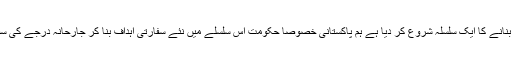
یوں بھی جب کشمیریوں کی بیش بہا قربانیوں نے حالات سازگار بنانے کا ایک سلسلہ شروع کر دیا ہے ہم پاکستانی خصوصاً حکومت اس سلسلے میں نئے سفارتی اہداف بنا کر جارحانہ درجے کی سفارتی سرگرمیوں کو ڈیزائن کرکے سفارتی عمل کو تیز تر کریں۔